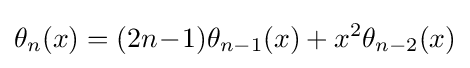
\theta _{n}(x)=(2n\!-\!1)\theta _{n-1}(x)+x^{2}\theta _{n-2}(x)